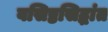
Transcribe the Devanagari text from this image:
वसिष्ठसिद्धांत